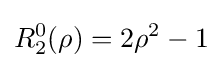
R_{2}^{0}(\rho )=2\rho ^{2}-1